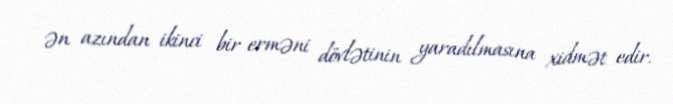
ən azından ikinci bir erməni dövlətinin yaradılmasına xidmət edir.